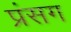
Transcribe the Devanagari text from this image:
प्रंसग